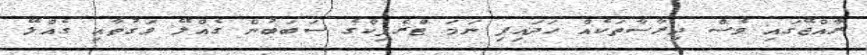
ރާއްޖޭގައި ވެސް ދިރާސާތަކެއް ހަދައިފި ނަމަ ޓްރެފިކްގެ ސަބަބުން ގެއްލޭ ވަގުތާއި ގެއްލޭ